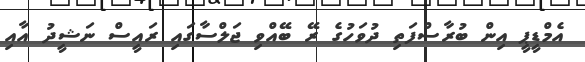
އެމްޑީޕީ އިން ބުރާސްފަތި ދުވަހުގެ ރޭ ބޭއްވި ޖަލްސާގައި ރައީސް ނަޝީދު އާއި